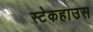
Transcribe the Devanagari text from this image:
स्टेकहाउस